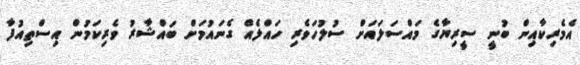
އެމެރިކާއިން ބުނީ ސީރިޔާގެ މައްސަލައަށް ސުލުހަވެރި ހައްލެއް ގެނައުމަށް ބައްޝާރު ވެރިކަމުން އިސްތިއުފާ